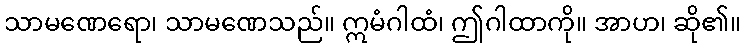
သာမဏေရော၊ သာမဏေသည်။ ဣမံဂါထံ၊ ဤဂါထာကို။ အာဟ၊ ဆို၏။